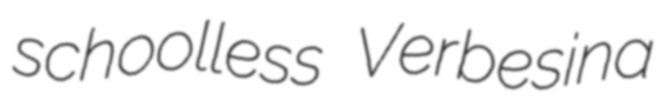
schoolless Verbesina